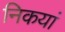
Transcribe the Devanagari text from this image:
निकयां